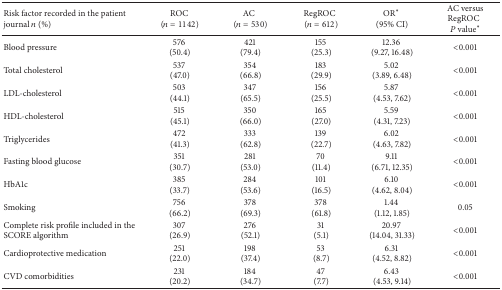
<table><thead><tr><td><b>Risk factor recorded in the patient journal <i>n</i> (%)</b></td><td><b>ROC (<i>n</i> = 1142)</b></td><td><b>AC(<i>n</i> = 530)</b></td><td><b>RegROC(<i>n</i> = 612)</b></td><td><b>OR<sup>*</sup> (95% CI)</b></td><td><b>AC versus RegROC<i>P</i> value<sup>*</sup></b></td></tr></thead><tbody><tr><td>Blood pressure</td><td>576 (50.4)</td><td>421 (79.4)</td><td>155 (25.3)</td><td>12.36 (9.27, 16.48)</td><td>&lt;0.001</td></tr><tr><td>Total cholesterol</td><td>537 (47.0)</td><td>354 (66.8)</td><td>183 (29.9)</td><td>5.02 (3.89, 6.48)</td><td>&lt;0.001</td></tr><tr><td>LDL-cholesterol</td><td>503 (44.1)</td><td>347 (65.5)</td><td>156 (25.5)</td><td>5.87 (4.53, 7.62)</td><td>&lt;0.001</td></tr><tr><td>HDL-cholesterol</td><td>515 (45.1)</td><td>350 (66.0)</td><td>165 (27.0)</td><td>5.59 (4.31, 7.23)</td><td>&lt;0.001</td></tr><tr><td>Triglycerides</td><td>472 (41.3)</td><td>333 (62.8)</td><td>139 (22.7)</td><td>6.02 (4.63, 7.82)</td><td>&lt;0.001</td></tr><tr><td>Fasting blood glucose</td><td>351 (30.7)</td><td>281 (53.0)</td><td>70 (11.4)</td><td>9.11 (6.71, 12.35)</td><td>&lt;0.001</td></tr><tr><td>HbA1c</td><td>385 (33.7)</td><td>284 (53.6)</td><td>101 (16.5)</td><td>6.10 (4.62, 8.04)</td><td>&lt;0.001</td></tr><tr><td>Smoking</td><td>756 (66.2)</td><td>378 (69.3)</td><td>378 (61.8)</td><td>1.44 (1.12, 1.85)</td><td>0.05</td></tr><tr><td>Complete risk profile included in the SCORE algorithm</td><td>307 (26.9)</td><td>276 (52.1)</td><td>31 (5.1)</td><td>20.97 (14.04, 31.33)</td><td>&lt;0.001</td></tr><tr><td>Cardioprotective medication</td><td>251 (22.0)</td><td>198 (37.4)</td><td>53 (8.7)</td><td>6.31 (4.52, 8.82)</td><td>&lt;0.001</td></tr><tr><td>CVD comorbidities</td><td>231 (20.2)</td><td>184 (34.7)</td><td>47 (7.7)</td><td>6.43 (4.53, 9.14)</td><td>&lt;0.001</td></tr></tbody></table>